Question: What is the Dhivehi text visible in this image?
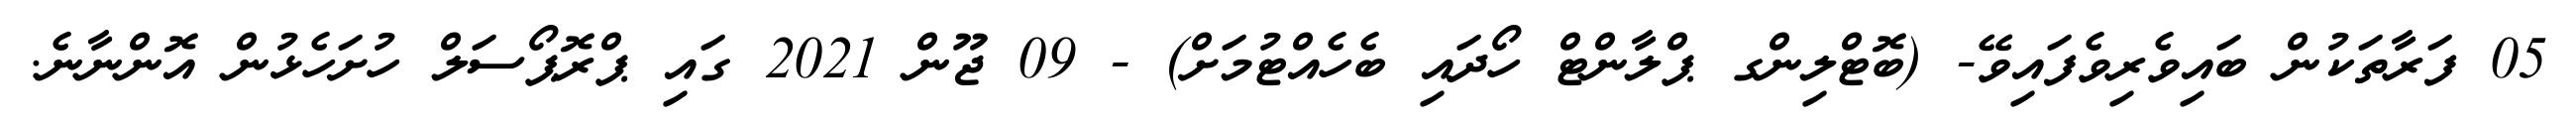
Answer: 05 ފަރާތަކުން ބައިވެރިވެފައިވޭ- (ބޮޓްލިންގ ޕްލާންޓް ހޯދައި ބެހެއްޓުމަށް) - 09 ޖޫން 2021 ގައި ޕްރޮޕޯސަލް ހުށަހެޅުން އޮންނާނެ.